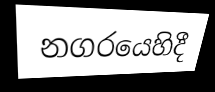
නගරයෙහිදී